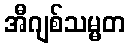
အီဂျစ်သမ္မတ